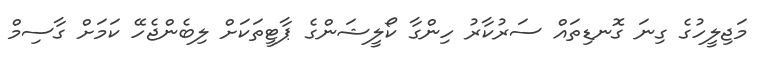
މަޖިލީހުގެ ގިނަ ގޮނޑިތައް ސަރުކާރު ހިންގާ ކޯލީޝަންގެ ޕާޓީތަކަށް ލިބެންޖެހޭ ކަމަށް ގާސިމް